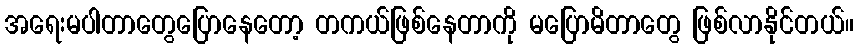
အရေးမပါတာတွေပြောနေတော့ တကယ်ဖြစ်နေတာကို မပြောမိတာတွေ ဖြစ်လာနိုင်တယ်။